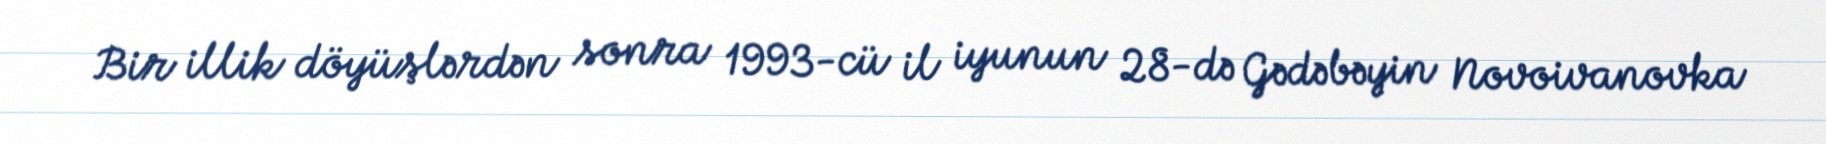
Bir illik döyüşlərdən sonra 1993-cü il iyunun 28-də Gədəbəyin Novoivanovka